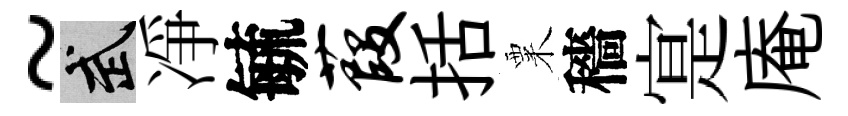
~武凈毓葭括粟穡寔庵